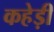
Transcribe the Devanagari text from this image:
कहेड़ी